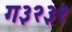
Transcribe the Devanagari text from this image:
ग३२३१